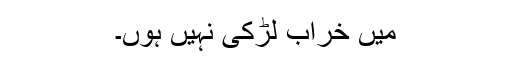
میں خراب لڑکی نہیں ہوں۔